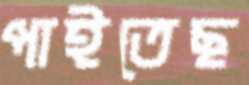
পাইতেছ